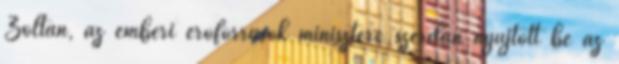
Zoltán, az emberi erőforrások minisztere szerdán nyújtott be az